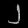
Digit: ၂